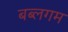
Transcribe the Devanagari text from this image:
बब्लगम